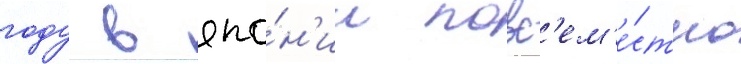
году в япо́н'ии повс'ем'е́стно